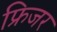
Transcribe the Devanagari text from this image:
फ्रिजर